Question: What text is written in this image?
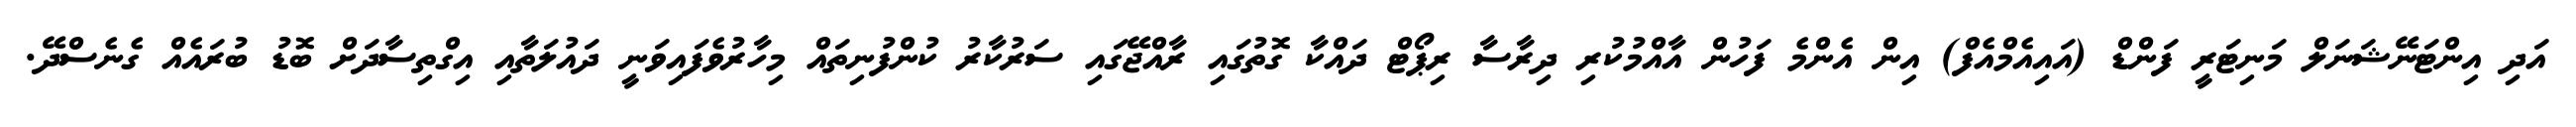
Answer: އަދި އިންޓަނޭޝަނަލް މަނިޓަރީ ފަންޑް (އައިއެމްއެފް) އިން އެންމެ ފަހުން އާއްމުކުރި ދިރާސާ ރިޕޯޓް ދައްކާ ގޮތުގައި ރާއްޖޭގައި ސަރުކާރު ކުންފުނިތައް މިހާރުވެފައިވަނީ ދައުލަތާއި އިގްތިސާދަށް ބޮޑު ބުރައެއް ގެނެސްދޭ.